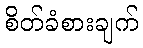
စိတ်ခံစားချက်